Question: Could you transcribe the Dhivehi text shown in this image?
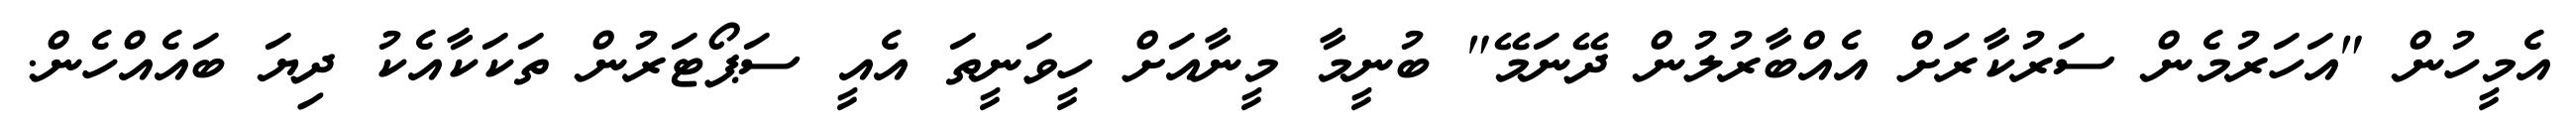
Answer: އެމީހުން "އަހަރުމެން ސަރުކާރަށް އެއްބާރުލުން ދޭނަމޭ" ބުނީމާ މީނާއަށް ހީވަނީތަ އެއީ ސަޕޯޓަރުން ތަކަކާއެކު ދިޔަ ބައެއްހެން.